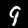
Label: 9